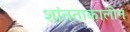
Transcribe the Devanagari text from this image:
शांतताकालीन